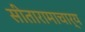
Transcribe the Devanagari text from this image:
सीतारामाचार्य